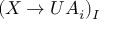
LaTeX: ( X \to U A _ { i } ) _ { I }